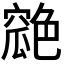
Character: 𦫪